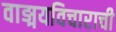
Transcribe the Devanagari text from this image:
वाङ्मयविचाराची